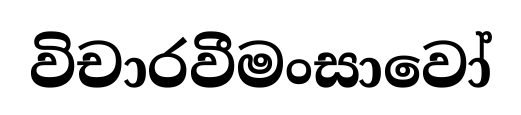
විචාරවීමංසාවෝ